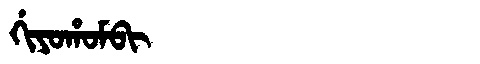
Manchu: ᡤᡳᠶᠣᡥᠣᠮᠪᡳ
Romanization: GIYOHOMBI